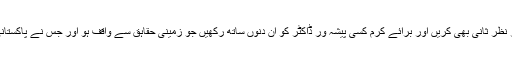
ہو سکے تو صحت کی ٹاسک فورس پر نظر ثانی بھی کریں اور برائے کرم کسی پیشہ ور ڈاکٹر کو ان دنوں ساتھ رکھیں جو زمینی حقاہق سے واقف ہو اور جس نے پاکستانی حالات میں خدمات سر انجام دی ہوں۔